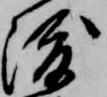
渡